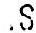
.S